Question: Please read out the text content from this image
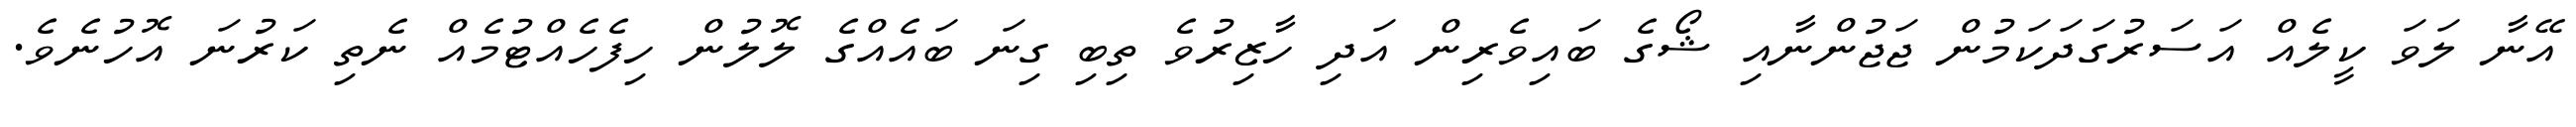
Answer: އޭނާ ލަވަ ކީލެއް އަސަރުގަދަކަމުން ޖަޖުންނާއި ޝޯގެ ބައިވެރިން އަދި ހާޒިރުވެ ތިބި ގިނަ ބައެއްގެ ލޮލުން ހިފެހެއްޓުމެއް ނެތި ކަރުނަ އޮހުނެވެ.